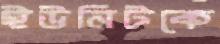
ইউনিটকে